Lunatic asylums in Bengal annual reports 1912-1924 - 1912-1924
Year: 1912
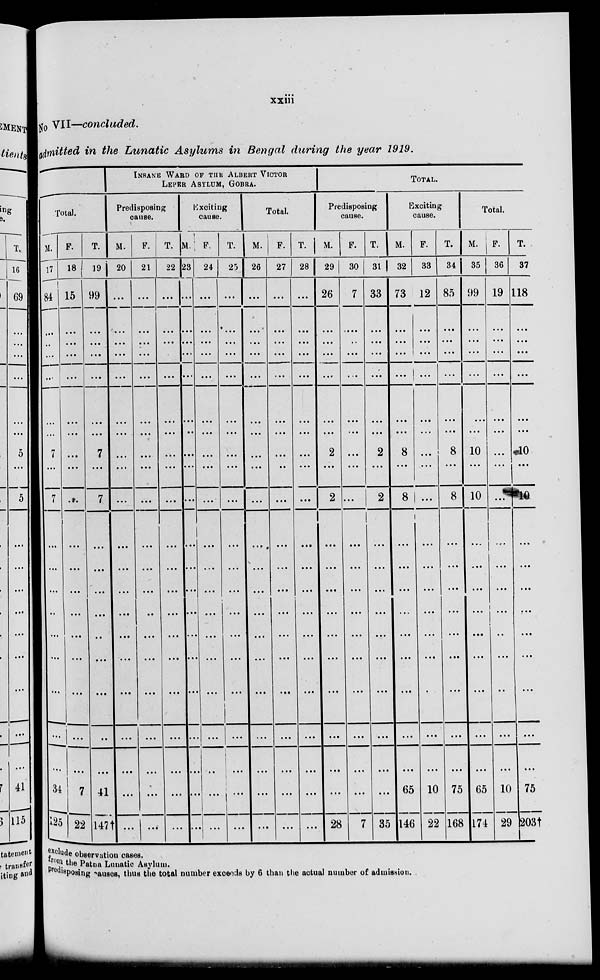
xxiii
No VII—concluded.
admitted in the Lunatic Asylums in Bengal during the year 1919.
Total.
M.
17
84
...
...
...
...
...
...
7
...
7
...
...
...
...
...
...
...
...
...
34
125
F.
18
15
...
...
...
...
...
...
...
...
...
...
...
...
...
...
...
...
...
...
7
22
T.
19
99
...
...
...
...
...
...
7
...
7
...
...
...
...
...
...
...
...
...
41
147†
INSANE WARD OF THE ALBERT VICTOR
LEPER ASYLUM, GOBRA.
Predisposing
cause.
M.
20
...
...
...
...
...
...
...
...
...
...
...
...
....
...
...
...
...
...
...
...
...
F.
21
...
...
...
...
...
...
...
...
...
...
...
...
...
...
...
...
...
...
...
...
...
T.
22
...
...
...
...
...
...
...
...
...
...
...
...
...
...
...
...
...
...
...
...
...
Exciting
cause.
M
23
...
...
...
...
...
...
...
...
...
...
...
...
...
...
...
...
...
...
...
...
...
F.
24
...
...
...
...
...
...
...
...
...
...
...
...
...
...
...
...
...
...
...
...
...
T.
25
...
...
...
...
...
...
...
...
...
...
...
...
...
...
...
...
...
...
...
...
...
Total.
M.
26
...
...
...
...
...
...
...
...
...
...
...
...
...
...
...
...
...
...
...
...
...
F.
27
...
...
...
...
...
...
...
...
...
...
...
...
...
...
...
...
. ...
...
...
...
...
T.
28
...
...
...
...
...
...
...
...
...
...
...
...
...
...
...
...
...
...
...
...
...
TOTAL.
Predisposing
cause.
M.
29
26
...
...
...
...
...
...
2
...
2
...
...
...
...
...
...
...
...
...
...
28
F.
30
7
...
...
...
...
...
...
...
...
...
...
...
...
...
...
...
...
...
...
...
7
T.
31
33
...
...
...
...
...
...
2
...
2
...
...
...
...
...
...
...
...
...
...
35
Exciting
cause.
M.
32
73
...
...
...
...
...
...
8
...
8
...
...
...
...
...
...
...
...
...
65
146
F.
33
12
...
...
...
...
...
...
...
...
...
...
...
...
...
...
...
...
...
...
10
22
T.
34
85
...
...
...
...
...
...
8
...
8
...
...
...
...
...
...
...
...
...
75
168
Total.
M.
35
99
...
...
...
...
...
...
10
...
10
...
...
...
...
...
...
...
...
...
65
174
F.
36
19
...
...
...
...
...
...
...
...
...
...
...
...
...
...
...
...
...
...
10
29
T.
37
118
...
...
...
...
...
...
10
...
40
...
...
...
...
...
...
...
...
...
75
203†
exclude observation cases.
from the Patna Lunatic Asylum.
predisposing causes, thus the total number excends by 6 than the actual number of admission.